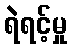
ရဲရင့်မှု